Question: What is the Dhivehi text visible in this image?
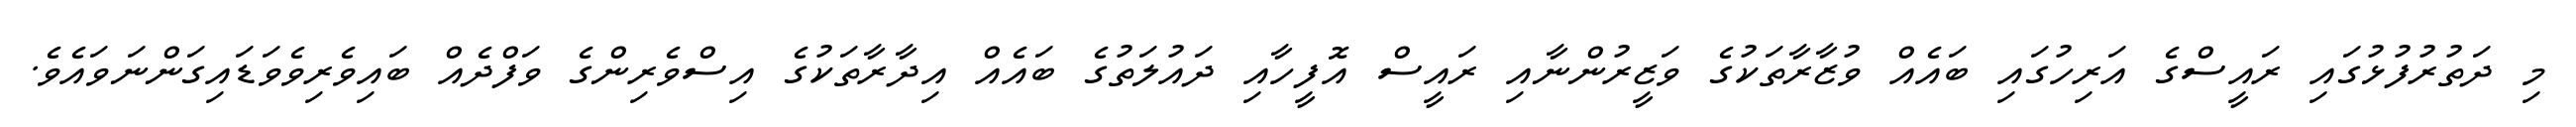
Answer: މި ދަތުރުފުޅުގައި ރައީސްގެ އަރިހުގައި ބައެއް ވުޒާރާތަކުގެ ވަޒީރުންނާއި ރައީސް އޮފީހާއި ދައުލަތުގެ ބައެއް އިދާރާތަކުގެ އިސްވެރިންގެ ވަފްދެއް ބައިވެރިވެވަޑައިގަންނަވައެވެ.